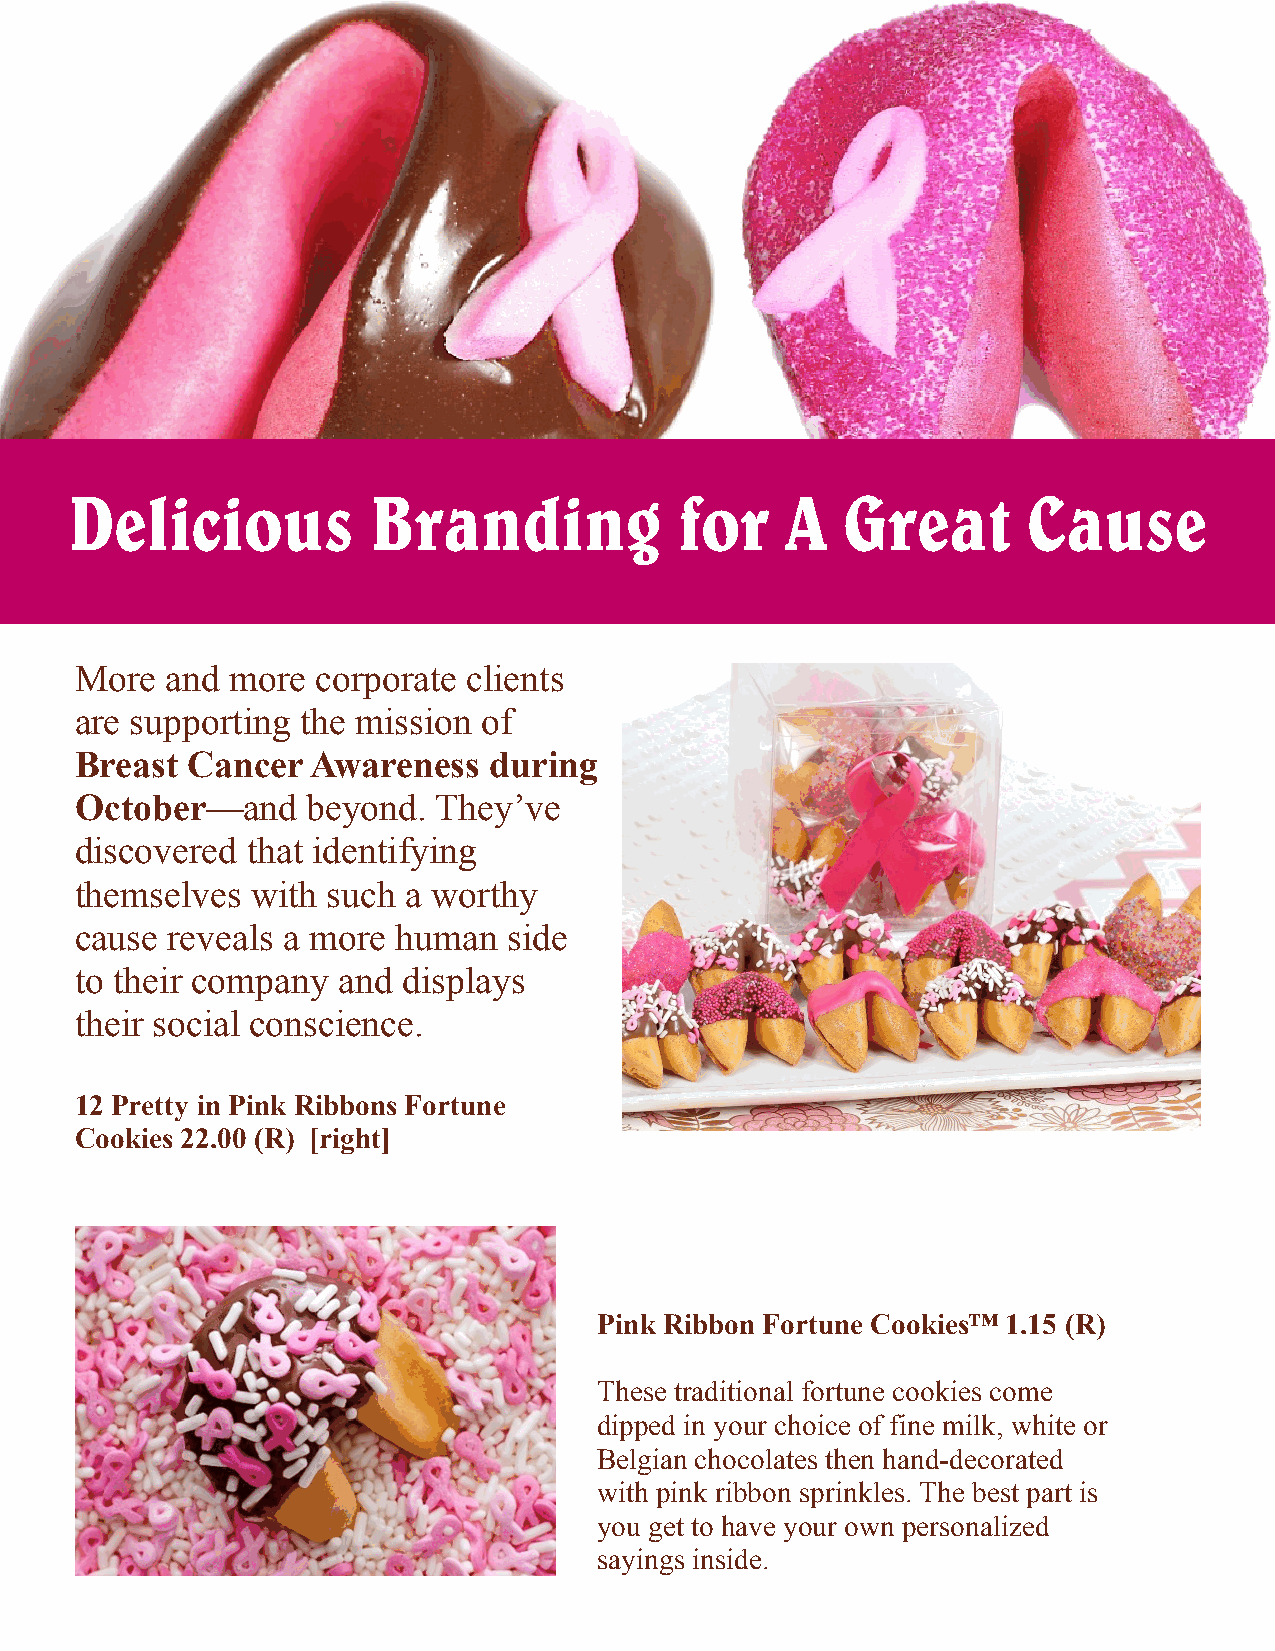
Delicious           Branding             for    A   Great       Cause
 More  and more  corporate clients
 are supporting the mission of
 Breast Cancer   Awareness  during
 October—and    beyond.  They’ve
 discovered that identifying
 themselves  with such a worthy
 cause reveals a more human   side
 to their company and  displays
 their social conscience.
 12 Pretty in Pink Ribbons Fortune
 Cookies 22.00 (R) [right]
 Pink Ribbon Fortune Cookies™ 1.15 (R)
 These traditional fortune cookies come
 dipped in your choice of fine milk, white or
 Belgian chocolates then hand-decorated
 with pink ribbon sprinkles. The best part is
 you get to have your own personalized
 sayings inside.